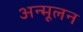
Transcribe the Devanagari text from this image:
अन्मूलन